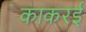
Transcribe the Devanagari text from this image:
काकरई